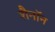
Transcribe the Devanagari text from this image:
शैनॉन